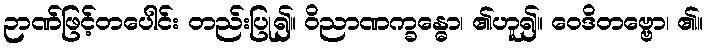
ဉာဏ်ဖြင့်တပေါင်း တည်းပြု၍။ ဝိညာဏက္ခန္ဓော၊ ၏ဟူ၍။ ဝေဒိတဗ္ဗော၊ ၏။